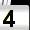
Digit: 4